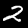
Label: 2